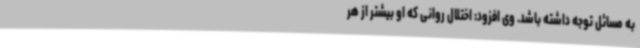
به مسائل توجه داشته باشد. وی افزود: اختلال روانی که او بیشتر از هر